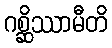
ဂစ္ဆိဿာမီတိ